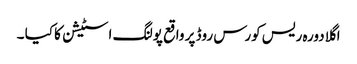
اگلا دورہ ریس کورس روڈ پر واقع پولنگ اسٹیشن کا کیا ۔